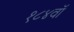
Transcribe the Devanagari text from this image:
१८४वॉ